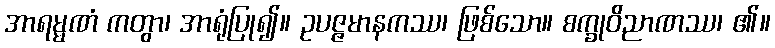
အာရမ္မဏံ ကတွာ၊ အာရုံပြု၍။ ဥပဇ္ဇမာနကဿ၊ ဖြစ်သော။ စက္ခုဝိညာဏဿ၊ ၏။